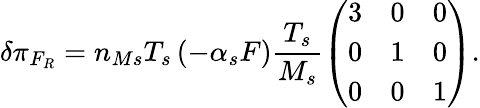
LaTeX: \delta\pi_{F_{R}}=n_{Ms}T_{s}\left(-\alpha_{s}F\right)\frac{T_{s}}{M_{s}}\left(\begin{array}{ccc}{3}&{0}&{0}\\ {0}&{1}&{0}\\ {0}&{0}&{1}\end{array}\right).